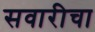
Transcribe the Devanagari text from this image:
सवारीचा